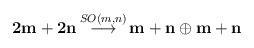
LaTeX: \begin{align*}{\bf {2m+2n}} \, {\stackrel{SO(m,n)}{\longrightarrow}} \, {\bf { m+n}}\oplus {\bf { m+n}}\end{align*}